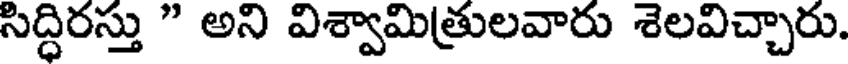
సిద్ధిరస్తు " అని విశ్వామిత్రులవారు శెలవిచ్చారు.